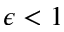
\epsilon < 1